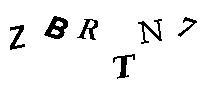
ZBRTN7